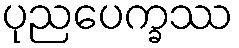
ပုညပေက္ခဿ